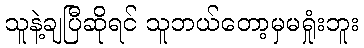
သူနဲ့ချပြီဆိုရင် သူဘယ်တော့မှမရှုံးဘူး